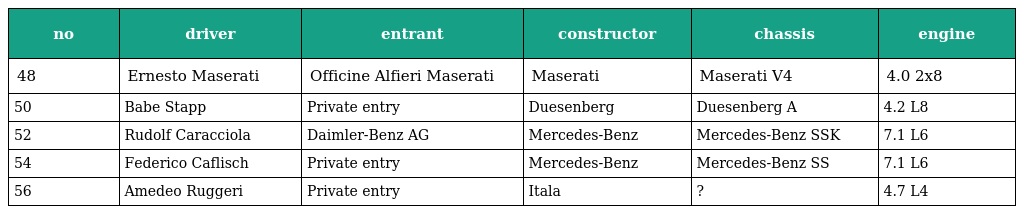
| no | driver | entrant | constructor | chassis | engine |
 | --- | --- | --- | --- | --- | --- |
 | 48 | Ernesto Maserati | Officine Alfieri Maserati | Maserati | Maserati V4 | 4.0 2x8 |
 | 50 | Babe Stapp | Private entry | Duesenberg | Duesenberg A | 4.2 L8 |
 | 52 | Rudolf Caracciola | Daimler-Benz AG | Mercedes-Benz | Mercedes-Benz SSK | 7.1 L6 |
 | 54 | Federico Caflisch | Private entry | Mercedes-Benz | Mercedes-Benz SS | 7.1 L6 |
 | 56 | Amedeo Ruggeri | Private entry | Itala | ? | 4.7 L4 |